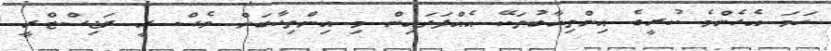
ހަމަ އެހެންމެ ކުރީގެ އިންތިހާބުތަކޭ އެއްފަދައިން މި އިންތިހާބަށް ވެސް ރީ ރަޖިސްޓްރީ